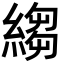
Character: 縐